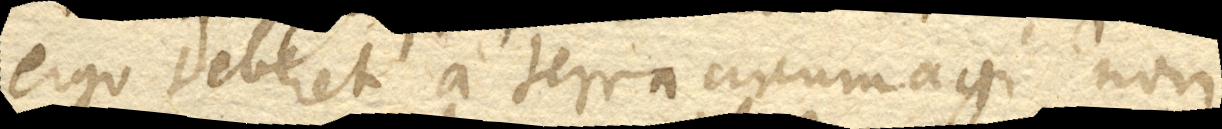
ergo deberet a terra circumagi non